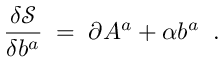
\frac { \delta \mathcal { S } } { \delta b ^ { a } } \; = \; \partial A ^ { a } + \alpha b ^ { a } \; \; .